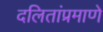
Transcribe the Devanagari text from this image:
दलितांप्रमाणे